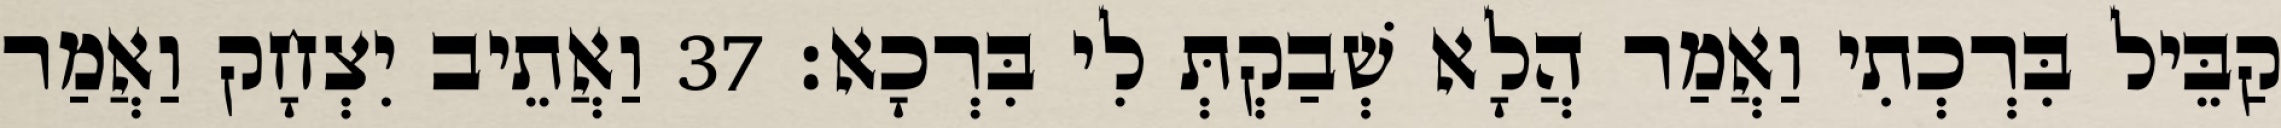
קַבֵּיל בִּרְכְתִי וַאֲמַר הֲלָא שְׁבַקְתְּ לִי בִּרְכָא׃ 37 וַאֲתֵיב יִצְחָק וַאֲמַר